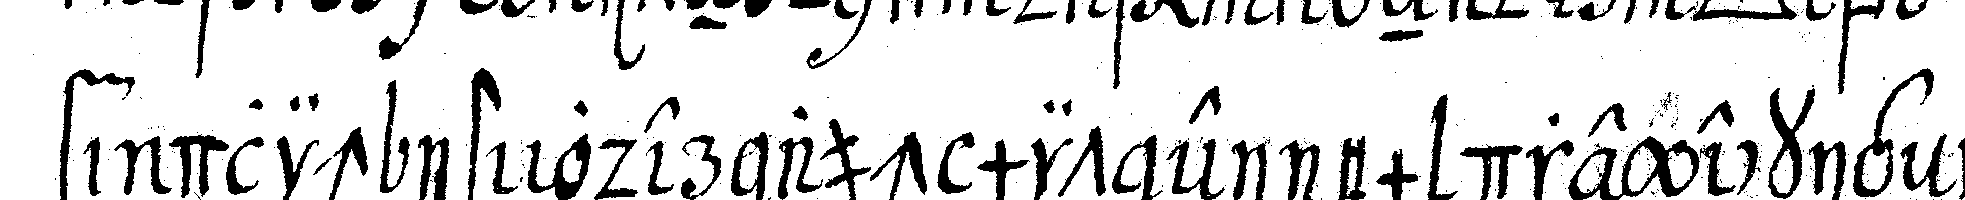
findlich ist oder auch mit einem dreyeckigeN